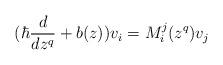
LaTeX: \begin{align*}(\hbar \frac{d}{dz^q}+b(z))v_i=M^j_i(z^q)v_j\end{align*}